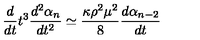
\frac { d } { d t } t ^ { 3 } \frac { d ^ { 2 } \alpha _ { n } } { d t ^ { 2 } } \simeq \frac { \kappa \rho ^ { 2 } \mu ^ { 2 } } { 8 } \frac { d \alpha _ { n - 2 } } { d t }